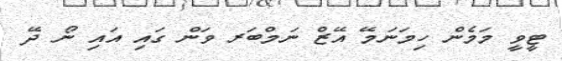
ޓީވީ މަމެން ހިމަނަމޭ އޭޒް ނަމްބަރ ވަން ގައި އައި ނޯ ދޭ